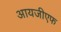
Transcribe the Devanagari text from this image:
आयजीएफ